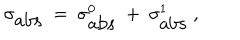
\sigma _ { \mathrm { a b s } } ~ = ~ \sigma _ { \mathrm { a b s } } ^ { 0 } ~ + ~ \sigma _ { \mathrm { a b s } } ^ { 1 } ~ ,